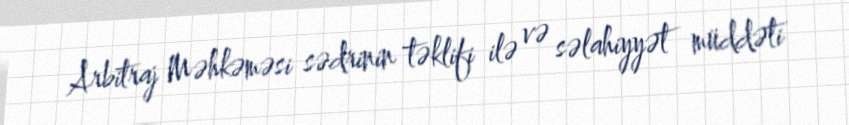
Arbitraj Məhkəməsi sədrinin təklifi ilə və səlahiyyət müddəti